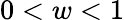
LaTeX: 0<w<1